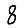
Digit: 8